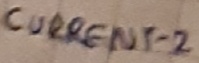
Text: CURRENT-2